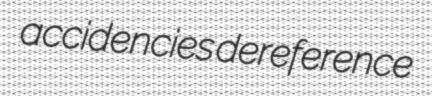
accidencies dereference